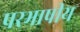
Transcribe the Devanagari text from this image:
परभाषीय